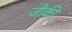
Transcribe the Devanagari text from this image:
जीकी